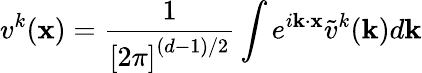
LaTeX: v^{k}(\mathbf{x})=\frac{1}{\left[2\pi\right]^{(d-1)/2}}\int e^{i\mathbf{k}\cdot\mathbf{x}}\tilde{v}^{k}(\mathbf{k})d\mathbf{k}